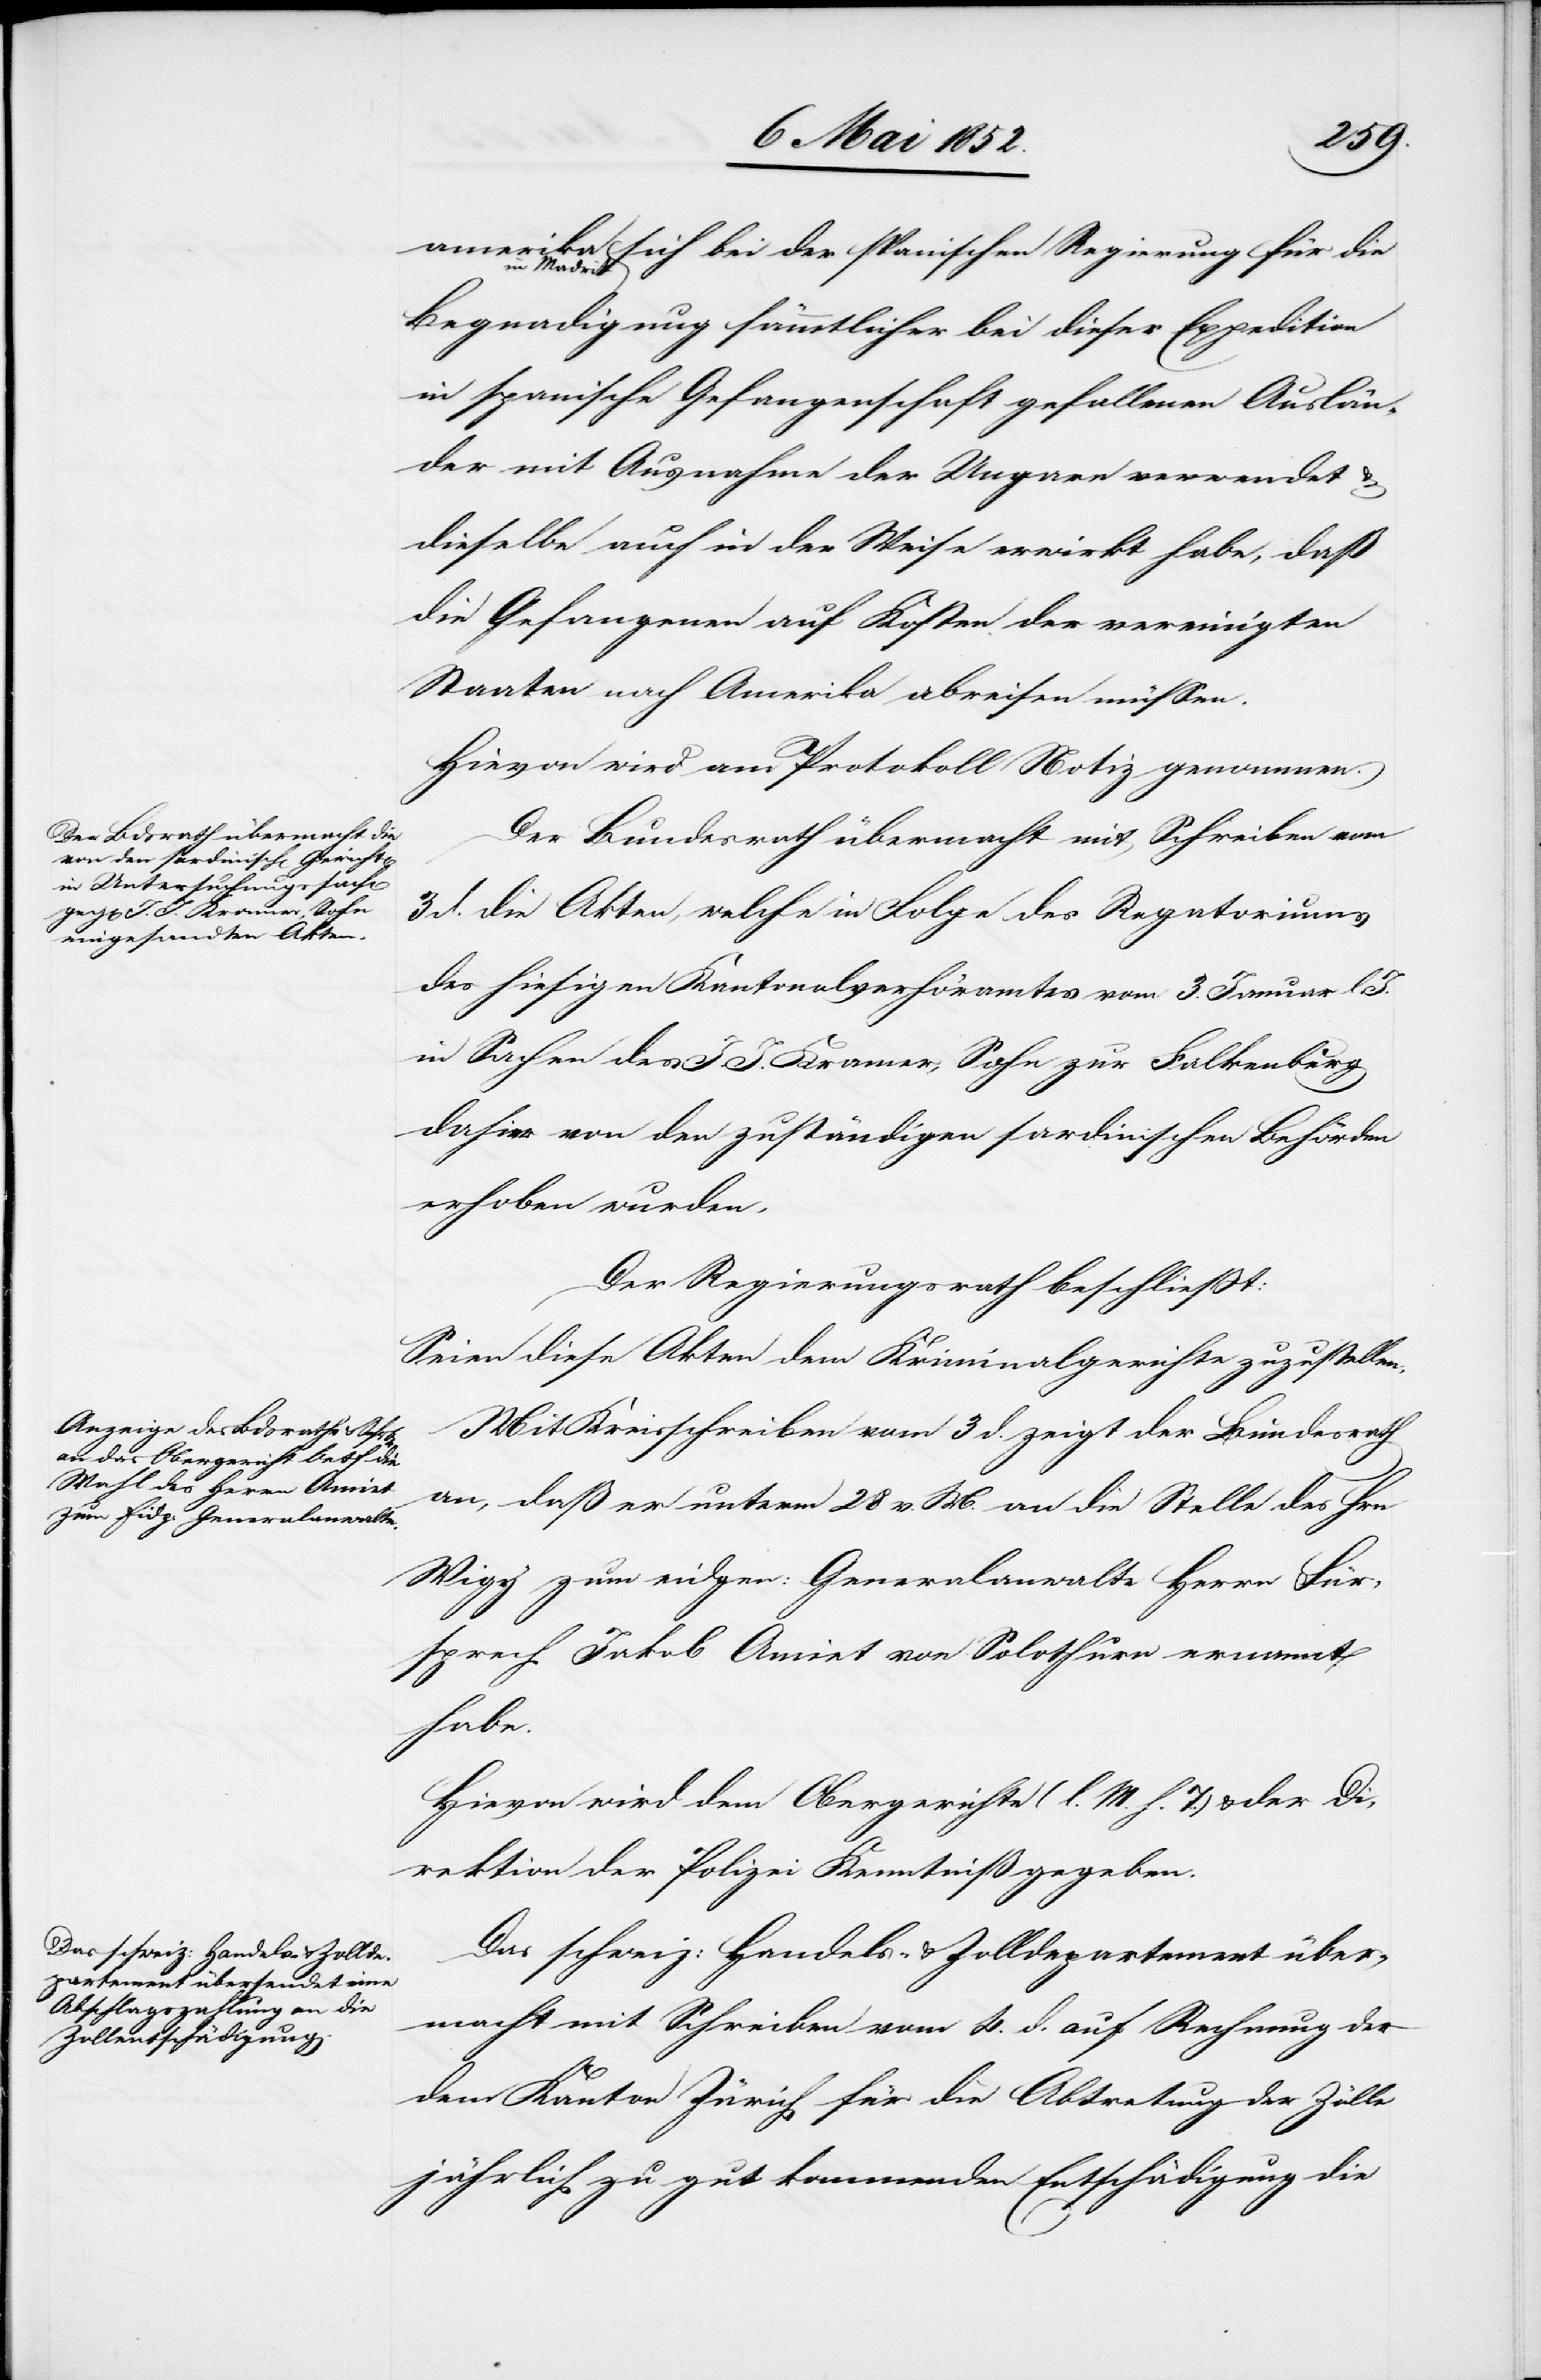
adrid sich bei der spanischen Regierung für die
Begnadigung sämmtlicher bei dieser Expedition
in spanische Gefangenschaft gefallenen Auslän¬
der mit Ausnahme der Ungarn verwendet &
dieselbe auch in der Weise erwirkt habe, daß
die Gefangenen auf Kosten der vereinigten
Staaten nach Amerika abreisen müssen.
Hievon wird am Protokoll Notiz genommen.
Der Bundesrath übermacht mit Schreiben vom
3 d. die Akten, welche in Folge des Regatoriums
des hiesigen Kantonalverhöramtes vom 3. Januar l.
in Sachen des J. J. Kramer, Sohn zur Falkenburg
dahier von den zuständigen sardinischen Behörden
erhoben wurden.
Der Regierungsrath beschliesst:
Seien diese Akten dem Kriminalgerichte zuzustellen.
Mit Kreisschreiben vom 3 d. zeigt der Bundesrath
an, daß er unterm 28 v. M. an die Stelle des Hrn.
Migy] zum eidgen: Generalanwalte Herrn Für¬
sprech Jakob Amiet von Solothurn ernannt
habe.
Hievon wird dem Obergerichte (l. M. h. T.) & der Di¬
rektion der Polizei Kenntniß gegeben.
Das schweiz: Handels- & Zolldepartement über¬
macht mit Schreiben vom 4. d. auf Rechnung der
dem Kanton Zürich für die Abtretung der Zölle
jährlich zu gut kommenden Entschädigung die